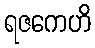
ရဇကေဟိ